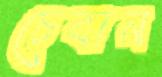
চেবান